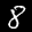
Label: 8